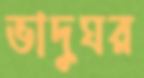
ভাদুঘর